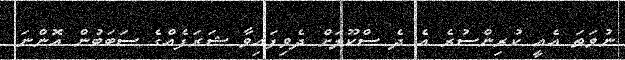
ނުވަތަ އެއީ ކުރިންސުރެ އެ ދެ ސްކޫލަށް ދެވިފައިވާ ޝަރަފެއްގެ ސަބަބުން އޮންނަ